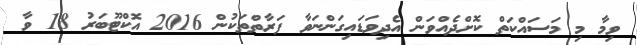
ވިމާ މި މަސައްކަތް ކޮށްދެއްވަން އެދިވަޑައިގަންނަވާ ފަރާތްތަކުން 2016 އޮކްޓޫބަރު 18 ވާ